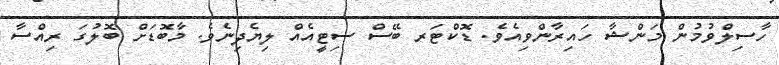
ހާސިލްވުމުން މަންޝާ ހައިރާންވިއެވެ. ޑޮކްޓަރ ބޭސް ސިޓީއެއް ލިޔެދިނެވެ. މާބޮޑަށް ބޮލުގަ ރިއްސާ